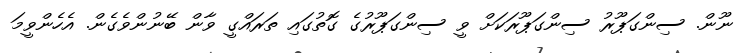
ނޫން. ސިންގަޕޫރު ސިންގަޕޫރަކަށް ވީ ސިންގަޕޫރުގެ ގޮތުގައި ތަރައްގީ ވާން ބޭނުންވެގެން. އެހެންވީމަ